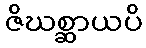
ဇိဃစ္ဆာယပိ